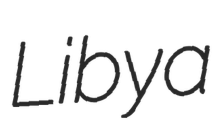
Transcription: Libya